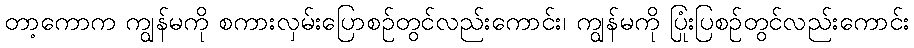
တာ့ကောက ကျွန်မကို စကားလှမ်းပြောစဉ်တွင်လည်းကောင်း၊ ကျွန်မကို ပြုံးပြစဉ်တွင်လည်းကောင်း